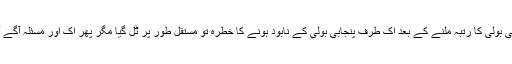
مذہبی بولی کا رتبہ ملنے کے بعد اک طرف پنجابی بولی کے نابود ہونے کا خطرہ تو مستقل طور پر ٹل گیا مگر پھر اک اور مسئلہ آگے آگیا۔